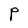
Character: P